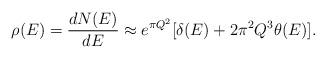
LaTeX: \begin{align*}\rho(E) = {dN(E)\over dE} \approx e^{\pi Q^2}[\delta(E)+2\pi^2 Q^3\theta(E)]. \end{align*}